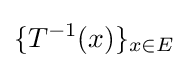
\{T^{-1}(x)\}_{x\in E}